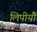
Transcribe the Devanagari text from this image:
लिपीयौं